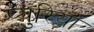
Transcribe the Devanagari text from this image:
प्युरिया